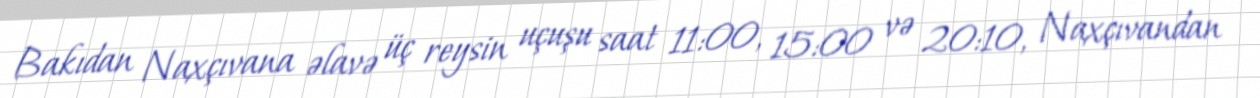
Bakıdan Naxçıvana əlavə üç reysin uçuşu saat 11:00, 15:00 və 20:10, Naxçıvandan